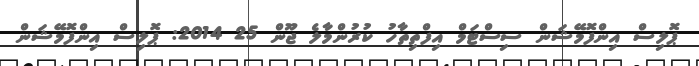
ޕޮލިސް އިންފޮމޭޝަން ސިސްޓަމް އިފްތިތާހު ކުރުންމާލެ ޖޫން 25 2014: ޕޮލިސް އިންފޮމޭޝަން